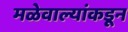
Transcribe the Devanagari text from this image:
मळेवाल्यांकडून